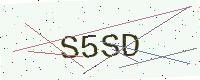
Text: S5SD